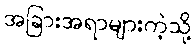
အခြားအရာများကဲ့သို့